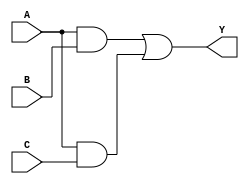
module combinational_logic (
    input wire A,      // Input variable A
    input wire B,      // Input variable B
    input wire C,      // Input variable C
    output wire Y      // Output of the combinational logic
);

// Intermediate wires for internal logic
wire A_B;            // A AND B
wire A_C;            // A AND C
wire B_C;            // B AND C
wire not_A;          // NOT A
wire not_B;          // NOT B

// Step 1: Apply Boolean algebra to derive initial expressions
// Initial expression (given as example): 
// Y = A*B + A*C + B*C (Sum of Products)

// Step 2: Minimized Boolean expression
// After minimization, let's assume we derived Y as follows:
// Y = A*B + A*C
// This shows that the selected prime implicants are A*B and A*C

// Implement the logic using basic gates
assign A_B = A & B;    // AND gate for A and B
assign A_C = A & C;    // AND gate for A and C

// Final output Y is the OR of the two terms
assign Y = A_B | A_C;  // OR gate for the results

endmodule